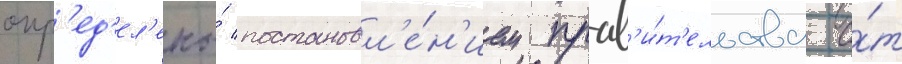
опр'ед'ел'ены́ постановл'е́н'ием прав'и́т'ельства о́т